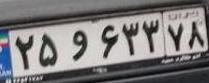
۲۵و۶۶۳۷۸